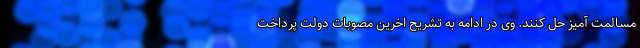
مسالمت آمیز حل کنند. وی در ادامه به تشریح اخرین مصوبات دولت پرداخت